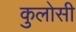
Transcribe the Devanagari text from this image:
कुलोसी